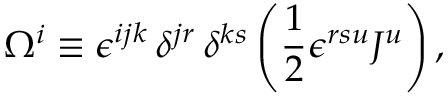
\Omega ^ { i } \equiv \epsilon ^ { i j k } \, \delta ^ { j r } \, \delta ^ { k s } \left( \frac { 1 } { 2 } \epsilon ^ { r s u } { \cal J } ^ { u } \right) ,